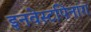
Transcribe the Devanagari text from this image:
इनवेस्टपिनांग